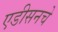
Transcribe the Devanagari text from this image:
एडीसनचे